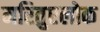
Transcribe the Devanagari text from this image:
मरितुएलोक